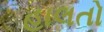
હાલતો